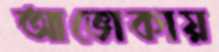
আভোকায়